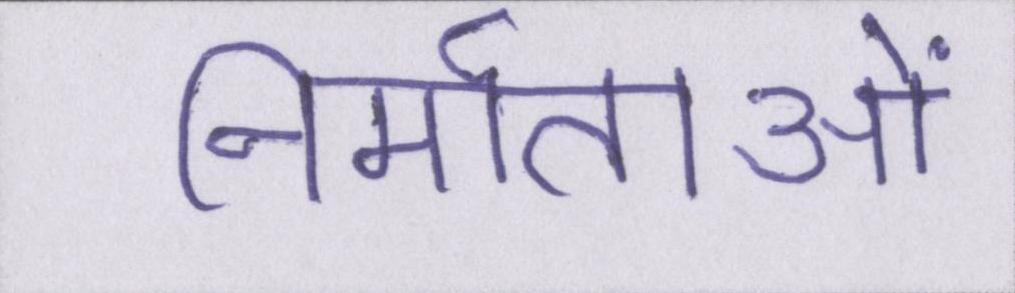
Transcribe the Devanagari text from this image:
निर्माताओं